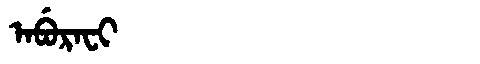
Manchu: ᠠᠪᡠᡵᠠᠸᡳ
Romanization: ABURAFI